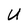
Character: U